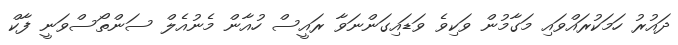
ދައުރު ހަމަކުރައްވައި މަގާމުން ވަކިވެ ވަޑައިގަންނަވާ ރައީސް ހުއާން މެނުއެލް ސަންތޯސްވަނީ ފާކް